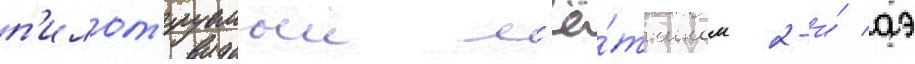
п'илот'ируемыи л'ё́тчиком 2-и́ аэ